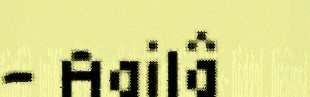
– Aailâ